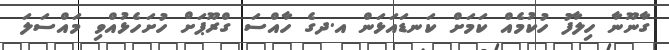
ގާނޫނާ ހިލާފު ހުކުމެއް ކަމަށް ކަނޑައަޅަން އ.ދގެ ހާއްސަ ގްރޫޕަށް ހުށަހެޅުއްވި މައްސަލަ